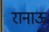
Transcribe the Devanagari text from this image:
रानाऊ